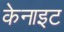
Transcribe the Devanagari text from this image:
केनाइट